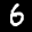
Label: 6